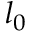
l _ { 0 }